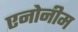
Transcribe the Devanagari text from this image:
एनोनीम